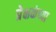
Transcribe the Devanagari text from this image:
प्रेक्षकंच्या